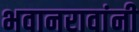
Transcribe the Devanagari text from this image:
भवानरावांनी